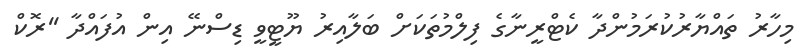
މިހާރު ތައްޔާރުކުރަމުންދާ ކެޓްރީނާގެ ފިލްމުތަކަށް ބަލާއިރު ޔޫޓީވީ ޑިސްނޭ އިން އުފައްދާ ''ރޮކް